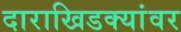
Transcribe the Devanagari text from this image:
दाराखिडक्यांवर